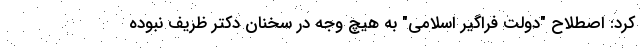
کرد: اصطلاح "دولت فراگیر اسلامی" به هیچ وجه در سخنان دکتر ظریف نبوده